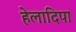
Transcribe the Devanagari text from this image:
हेलादिपा